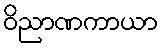
ဝိညာဏကာယာ